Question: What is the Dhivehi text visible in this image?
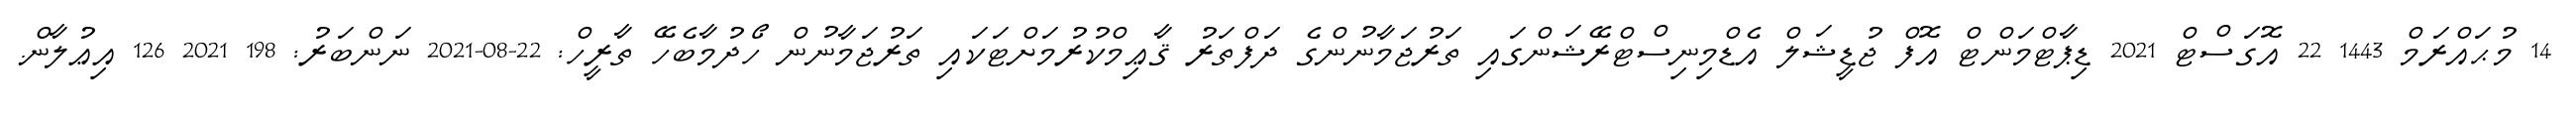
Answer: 14 މުޙައްރަމް 1443 22 އޮގަސްޓް 2021 ޑިޕާޓްމަންޓް އޮފް ޖުޑީޝަލް އެޑްމިނިސްޓްރޭޝަންގައި ތަރުޖަމާނުންގެ ދަފްތަރު ޤާޢިމްކުރުމަށްޓަކައި ތަރުޖަމާނުން ހޯދުމާބެހޭ ތާރީހް: 22-08-2021 ނަންބަރު: 198 2021 126 އިޢުލާން.